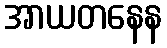
အာယတနေန